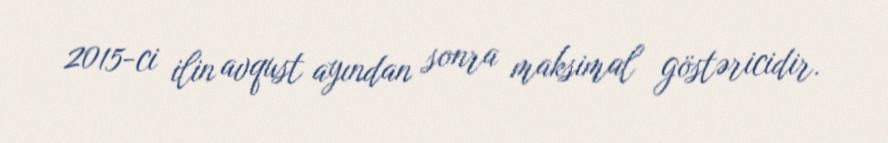
2015-ci ilin avqust ayından sonra maksimal göstəricidir.